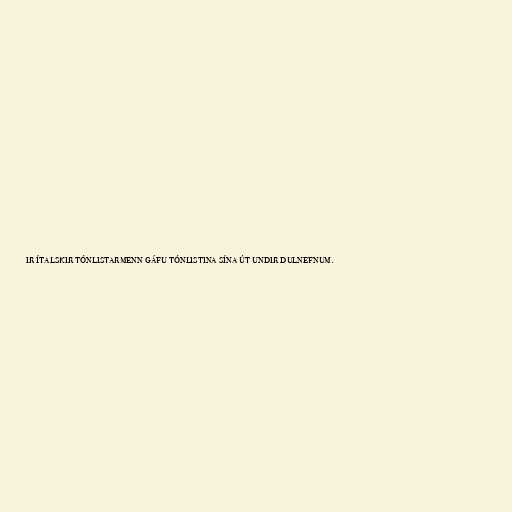
ir ítalskir tónlistarmenn gáfu tónlistina sína út undir dulnefnum.